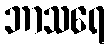
ဘာသရေ